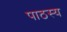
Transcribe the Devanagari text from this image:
पाठस्य